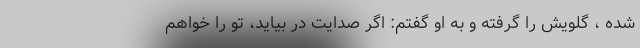
شده ، گلویش را گرفته و به او گفتم: اگر صدایت در بیاید، تو را خواهم